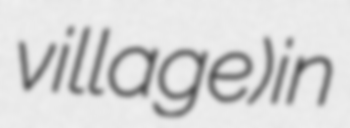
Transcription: village) in